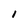
Character: I